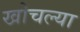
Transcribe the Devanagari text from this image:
खोचल्या